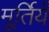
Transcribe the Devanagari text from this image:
मूर्तियँ